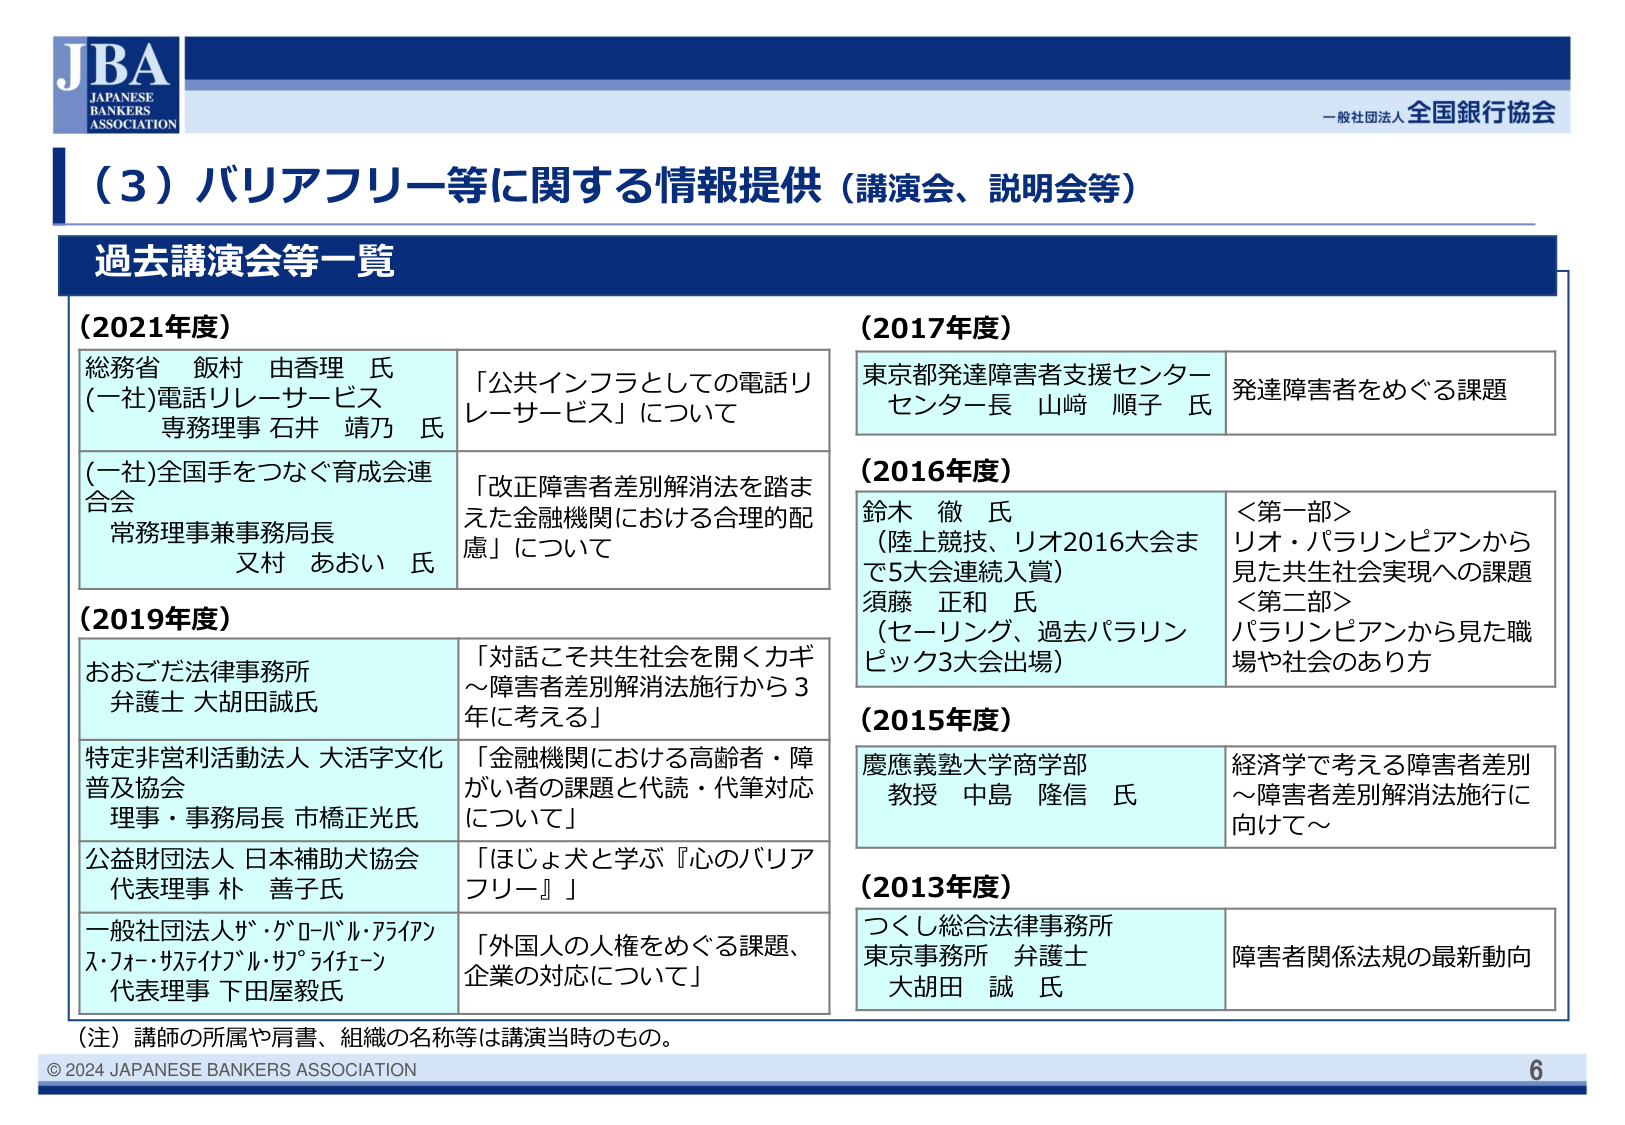
JBA
JAPANESE
BANKERS
ASSOCIATION

一般社団法人 全国銀行協会

（3）バリアフリー等に関する情報提供（講演会、説明会等）

過去講演会等一覧

（2021年度）
総務省 飯村 由香理 氏
(一社)電話リレーサービス
専務理事 石井 靖乃 氏
「公共インフラとしての電話リレーサービス」について

(一社)全国手をつなぐ育成会連合会
常務理事兼事務局長
又村 あおい 氏
「改正障害者差別解消法を踏まえた金融機関における合理的配慮」について

（2019年度）
おおごだ法律事務所
弁護士 大胡田誠氏
「対話こそ共生社会を開くカギ～障害者差別解消法施行から3年に考える」

特定非営利活動法人 大活字文化普及協会
理事・事務局長 市橋正光氏
「金融機関における高齢者・障がい者の課題と代読・代筆対応について」

公益財団法人 日本補助犬協会
代表理事 朴 善子氏
「ほじょ犬と学ぶ『心のバリアフリー』」

一般社団法人ザ・グローバル・アライアンス・フォー・サスティナブル・サプライチェーン
代表理事 下田屋毅氏
「外国人の人権をめぐる課題、企業の対応について」

（2017年度）
東京都発達障害者支援センター
センター長 山﨑 順子 氏
発達障害者をめぐる課題

（2016年度）
鈴木 徹 氏
（陸上競技、リオ2016大会まで5大会連続入賞）
須藤 正和 氏
（セーリング、過去パラリンピック3大会出場）
＜第一部＞
リオ・パラリンピアンから見た共生社会実現への課題
＜第二部＞
パラリンピアンから見た職場や社会のあり方

（2015年度）
慶應義塾大学商学部
教授 中島 隆信 氏
経済学で考える障害者差別～障害者差別解消法施行に向けて～

（2013年度）
つくし総合法律事務所
東京事務所 弁護士
大胡田 誠 氏
障害者関係法規の最新動向

（注）講師の所属や肩書、組織の名称等は講演当時のもの。

© 2024 JAPANESE BANKERS ASSOCIATION
6